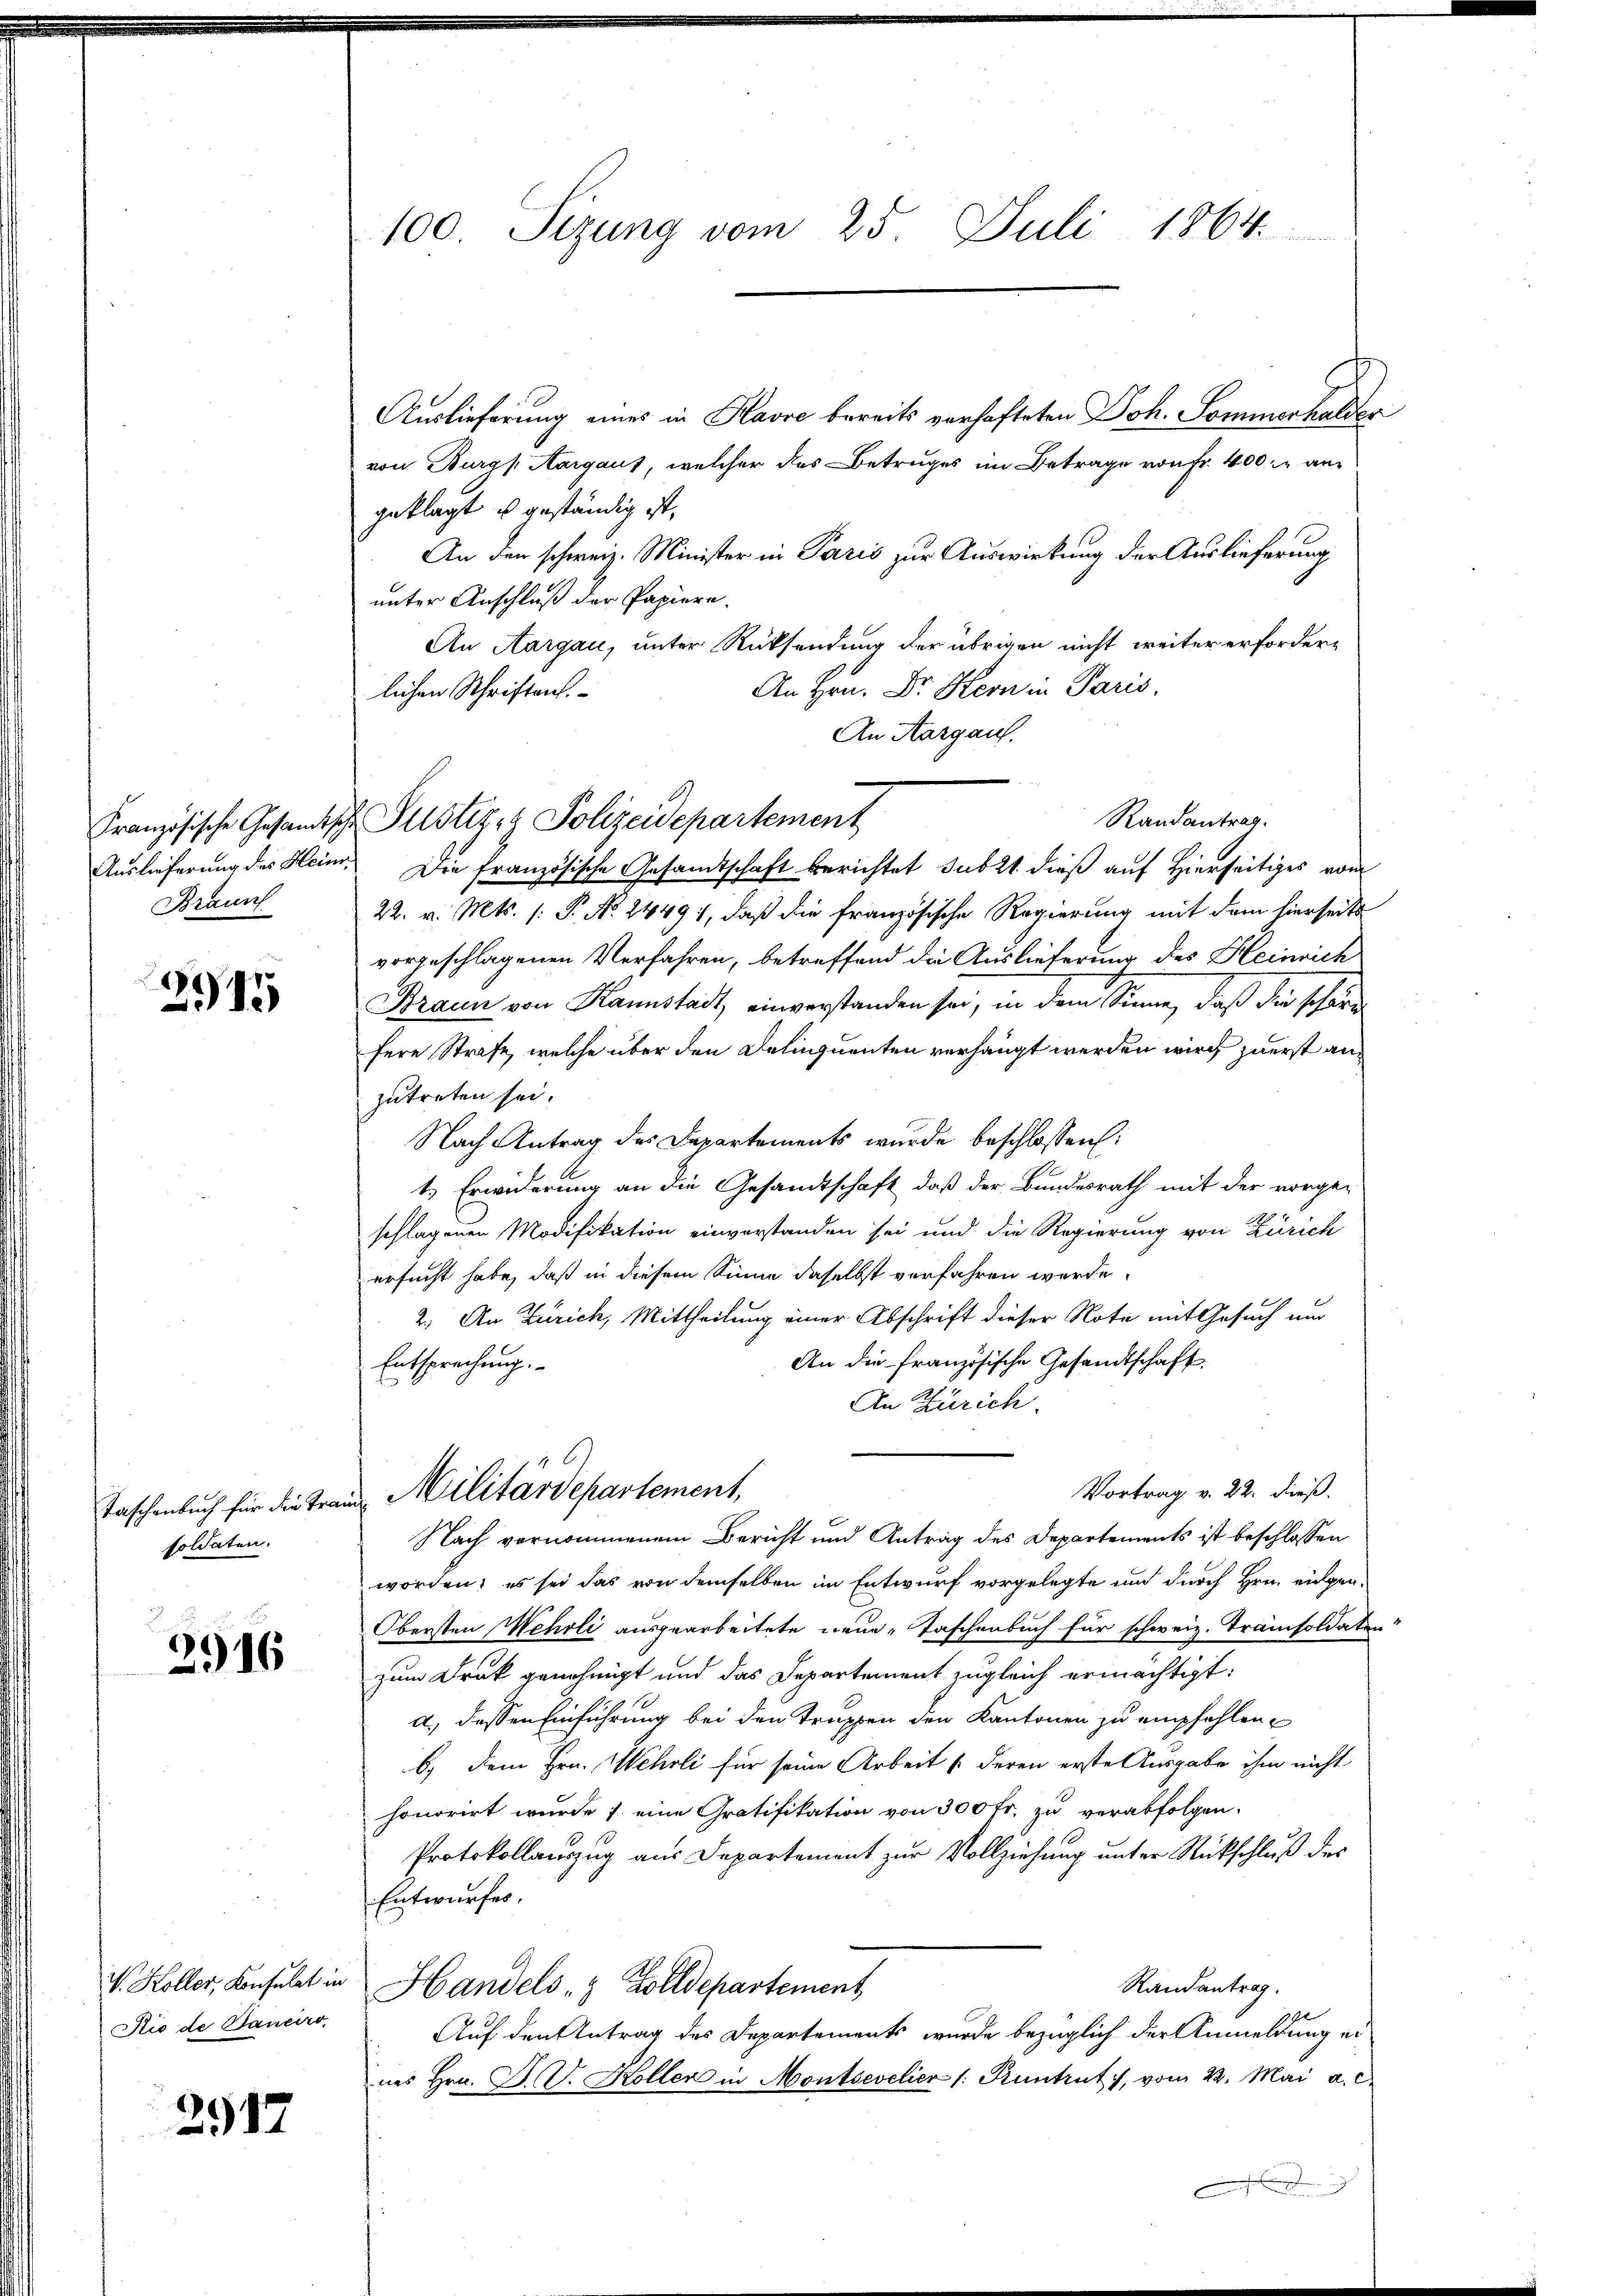
Braun

11)
13

soldaten.

2916

Sie de Baueiro

2917

Auslieferung eines in Havre bereits verhafteten Joh. Sommerhalder
von Burgs Aargaus, welcher das Betruges im Betrage von Fr. 400. angeklagt u geständig ist,
An den schweiz. Minister in Paris zur Auswirkung der Auslieferung
unter Anschluß der Papiere.
An Aargau, unter Rücksendung der übrigen nicht weiter erforder¬
An Hrn. Dr. Kern in Paris,
lichen Schriften.
An Aargau.
Auslieferung des Heim. Die französische Gesandtschaft berichtet subst dieß auf Hierseitiges vom
22. v. Mts. (: P. No. 24491, daß die französische Regierung mit dem hierseits
vorgeschlagenen Verfahren, betreffend die Auslieferung des Heinrich
Braun von Kannstadt einverstanden sei, in dem Sinne, daß die schöne
fere Strafe, welche über den Delinquenten verhängt werden wird zuerst anzutreten sei.
Nach Antrag des Departements wurde beschlossen:
1.) Erwiderung an die Gesandtschaft, daß der Bundesrath mit der vorge-
schlagenen Modifikation einverstanden sei und die Regierung von Zürich
ersucht habe, daß in diesem Sinne daselbst verfahren werde.
2.) An Zürich, Mittheilung einer Abschrift dieser Note mit Gesuch nur
An die französische Gesandtschaft.
Entsprechung.
An Zürich.
Vortrag v. 22. dieß.
Taschenbuch für die Traut Militärdepartement,
Nach vernommenem Bericht und Antrag des Departements ist beschlossen
worden; es sei das von demselben im Entwurf vorgelegte und durch Hrn. eingen¬
Obersten Wehrli ausgearbeitete neue Taschenbuch für schweiz. Tramisoldaten
zum Drak genehmigt und das Departement zugleich ermächtigt:
a) dessen Einführung bei den Truppen den Kantonen zu empfehlen
b.) Dem Hrn. Wehrli für seine Arbeit (deren erste Ausgabe ihm nicht
honorirt wurde 1. eine Gratifikation von 300 Fr. zu verabfolgen.
Protokollauszug aus Departement zur Vollziehung unter Rückschluß des
Entwurfes.
Randantrag.
V. Koller, Konsulat in Handels- & Zolldepartement
Auf den Antrag des Departement wurde bezüglich der Anmeldung eines Hrn. F. V. Koller in Montsevelier (Kuntrut, vom 22. Mai a. c.

100. Sizung vom 25. Juli 1864

Französische Gesandtsch Plistige Polizeidepartement

Randantrag.